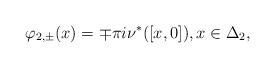
LaTeX: \begin{align*} \varphi_{2,\pm}(x) = \mp \pi i \nu^*([x,0]), x \in \Delta_2,\end{align*}